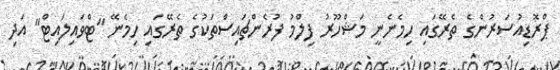
ޕްރޮޑިއުސަރުންގެ ތެރޭގައި ހިމެނެނީ މަޝްހޫރު ފިލްމު ފުރެންޗައިސްތަކުގެ ތެރޭގައި ހިމެނޭ "ޓްވައިލައިޓް" އަދި